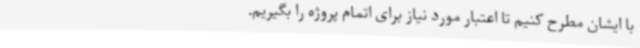
با ایشان مطرح کنیم تا اعتبار مورد نیاز برای اتمام پروژه را بگیریم.